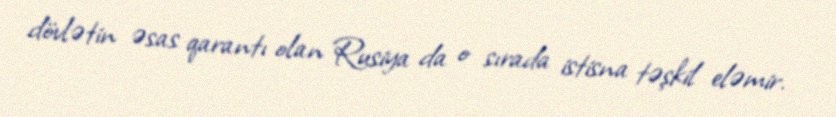
dövlətin əsas qarantı olan Rusiya da o sırada istisna təşkil eləmir.